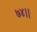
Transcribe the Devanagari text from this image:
७४।।